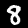
Digit: 8